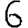
Digit: 6